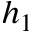
h _ { 1 }